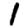
Digit: 1